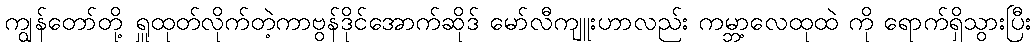
ကျွန်တော်တို့ ရှူထုတ်လိုက်တဲ့ကာဗွန်ဒိုင်အောက်ဆိုဒ် မော်လီကျူးဟာလည်း ကမ္ဘာ့လေထုထဲ ကို ရောက်ရှိသွားပြီး